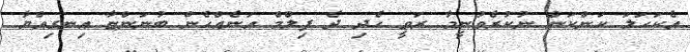
އެކަހަލަ ކަންކަން ނުކުރެވުނީމާ ރަވީ ހެދި ދެ ފިލްމް އަނެއްހެން ބުނަންޏާ އިނގިއްޔާ